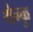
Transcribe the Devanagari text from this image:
थेन्कु